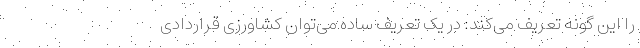
را این گونه تعریف می‌کند: در یک تعریف ساده می‌توان کشاورزی قراردادی